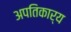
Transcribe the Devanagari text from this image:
अपतिकार्य